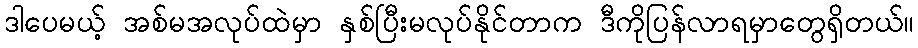
ဒါပေမယ့် အစ်မအလုပ်ထဲမှာ နှစ်ပြီးမလုပ်နိုင်တာက ဒီကိုပြန်လာရမှာတွေရှိတယ်။